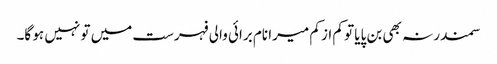
سمندر نہ بھی بن پایا تو کم از کم میرا نام برائی والی فہرست میں تو نہیں ہو گا۔